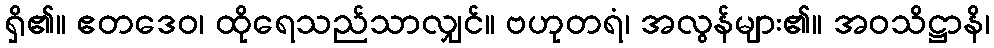
ရှိ၏။ ဧတဒေဝ၊ ထိုရေသည်သာလျှင်။ ဗဟုတရံ၊ အလွန်များ၏။ အဝသိဋ္ဌာနိ၊